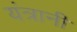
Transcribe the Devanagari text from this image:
यंत्रानी